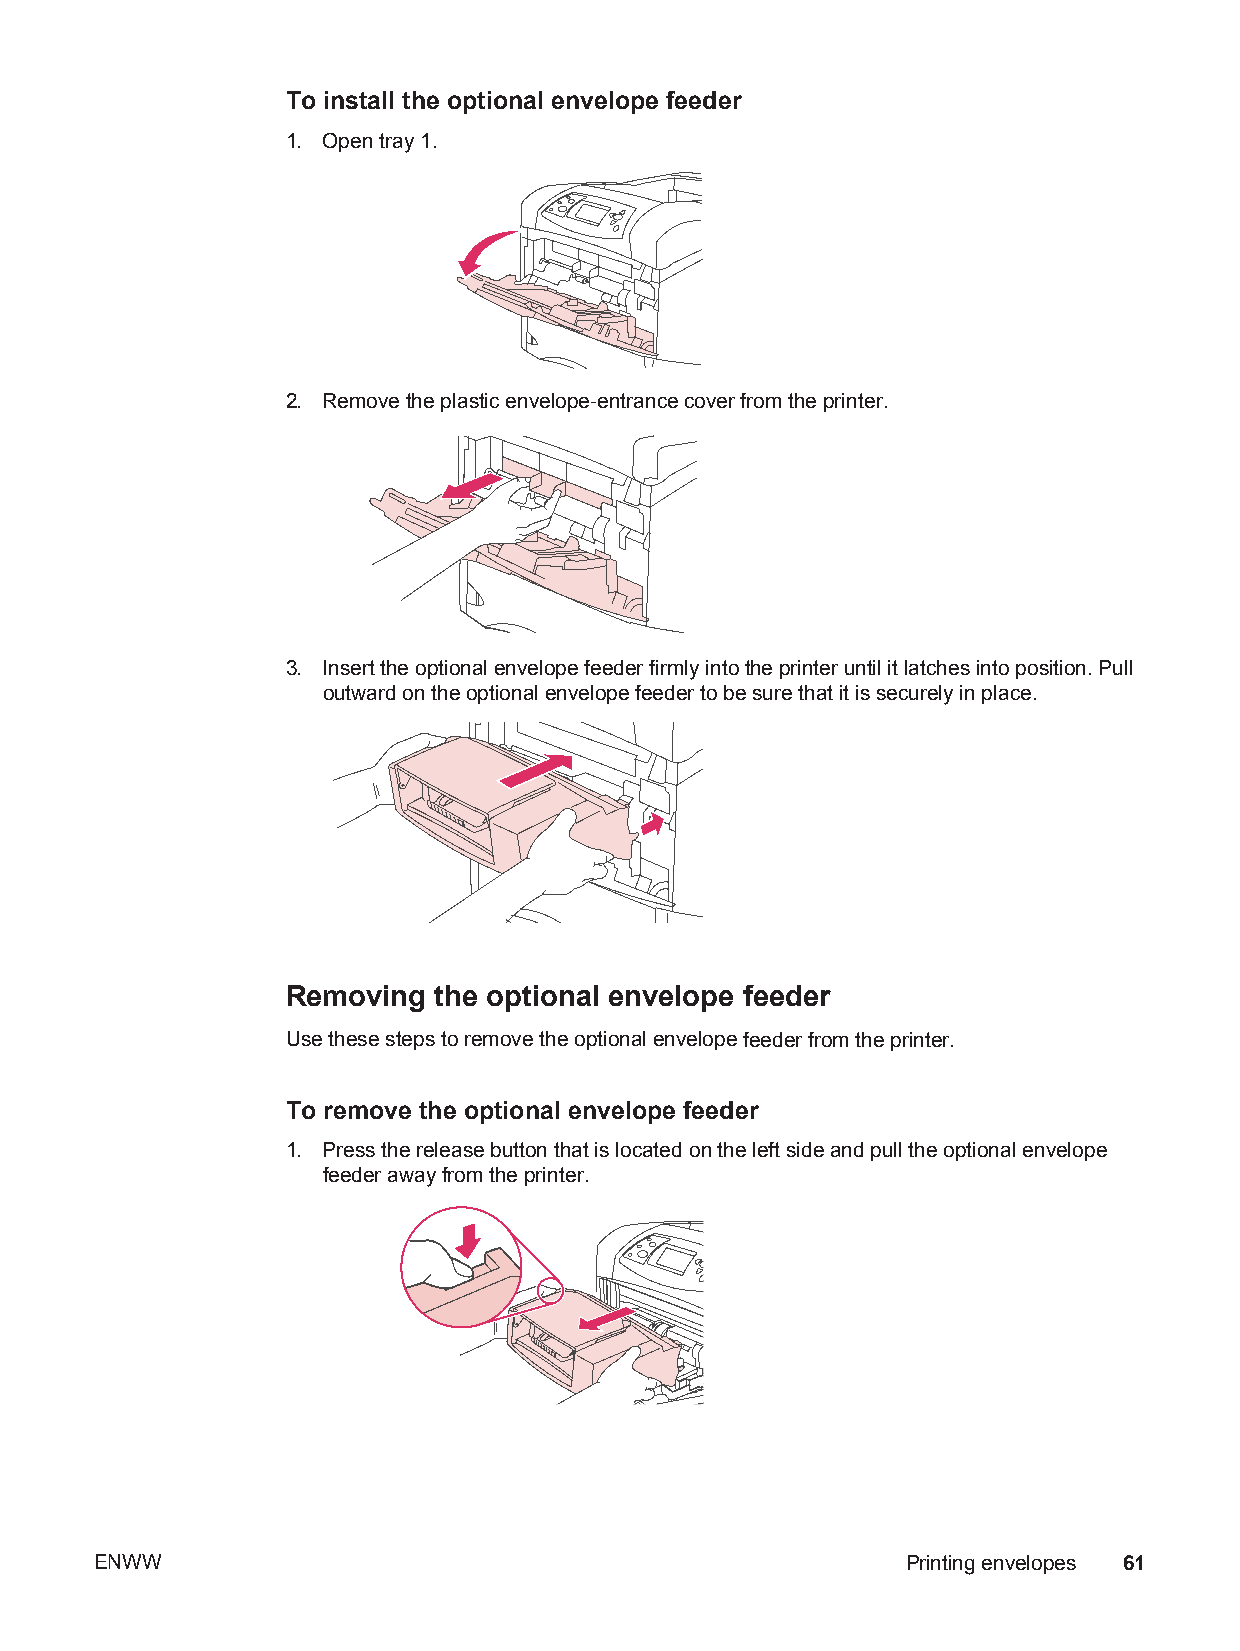
To install the optional envelope feeder
 1. Open tray 1.
 2. Remove the plastic envelope-entrance cover from the printer.
 3. Insert the optional envelope feeder firmly into the printer until it latches into position. Pull
 outward on the optional envelope feeder to be sure that it is securely in place.
 Removing  the optional envelope feeder
 Use these steps to remove the optional envelope feeder from the printer.
 To remove the optional envelope feeder
 1. Press the release button that is located on the left side and pull the optional envelope
 feeder away from the printer.
 ENWW                                                  Printing envelopes 61